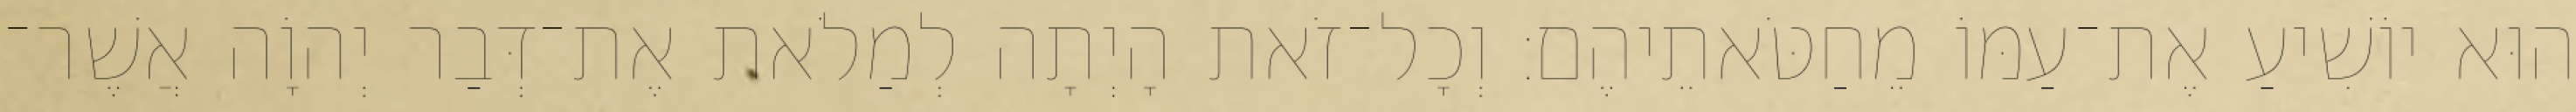
הוּא יוֹשִׁיעַ אֶת־עַמּוֹ מֵחַטֹּאתֵיהֶם׃ וְכָל־זֹאת הָיְתָה לְמַלֹאת אֶת־דְּבַר יְהוָֹה אֲשֶׁר־